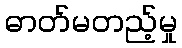
ဓာတ်မတည့်မှု